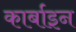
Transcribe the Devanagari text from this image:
कार्बाइन